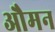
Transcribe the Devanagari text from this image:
औमन